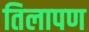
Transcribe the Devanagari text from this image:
तिलापण